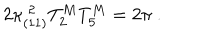
LaTeX: 2 \kappa _ { ( 1 1 ) } ^ { \; 2 } T _ { 2 } ^ { M } T _ { 5 } ^ { M } = 2 \pi \ .